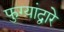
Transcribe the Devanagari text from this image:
फुग्यांद्वारे